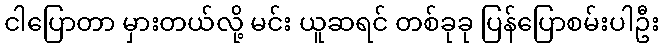
ငါပြောတာ မှားတယ်လို့ မင်း ယူဆရင် တစ်ခုခု ပြန်ပြောစမ်းပါဦး